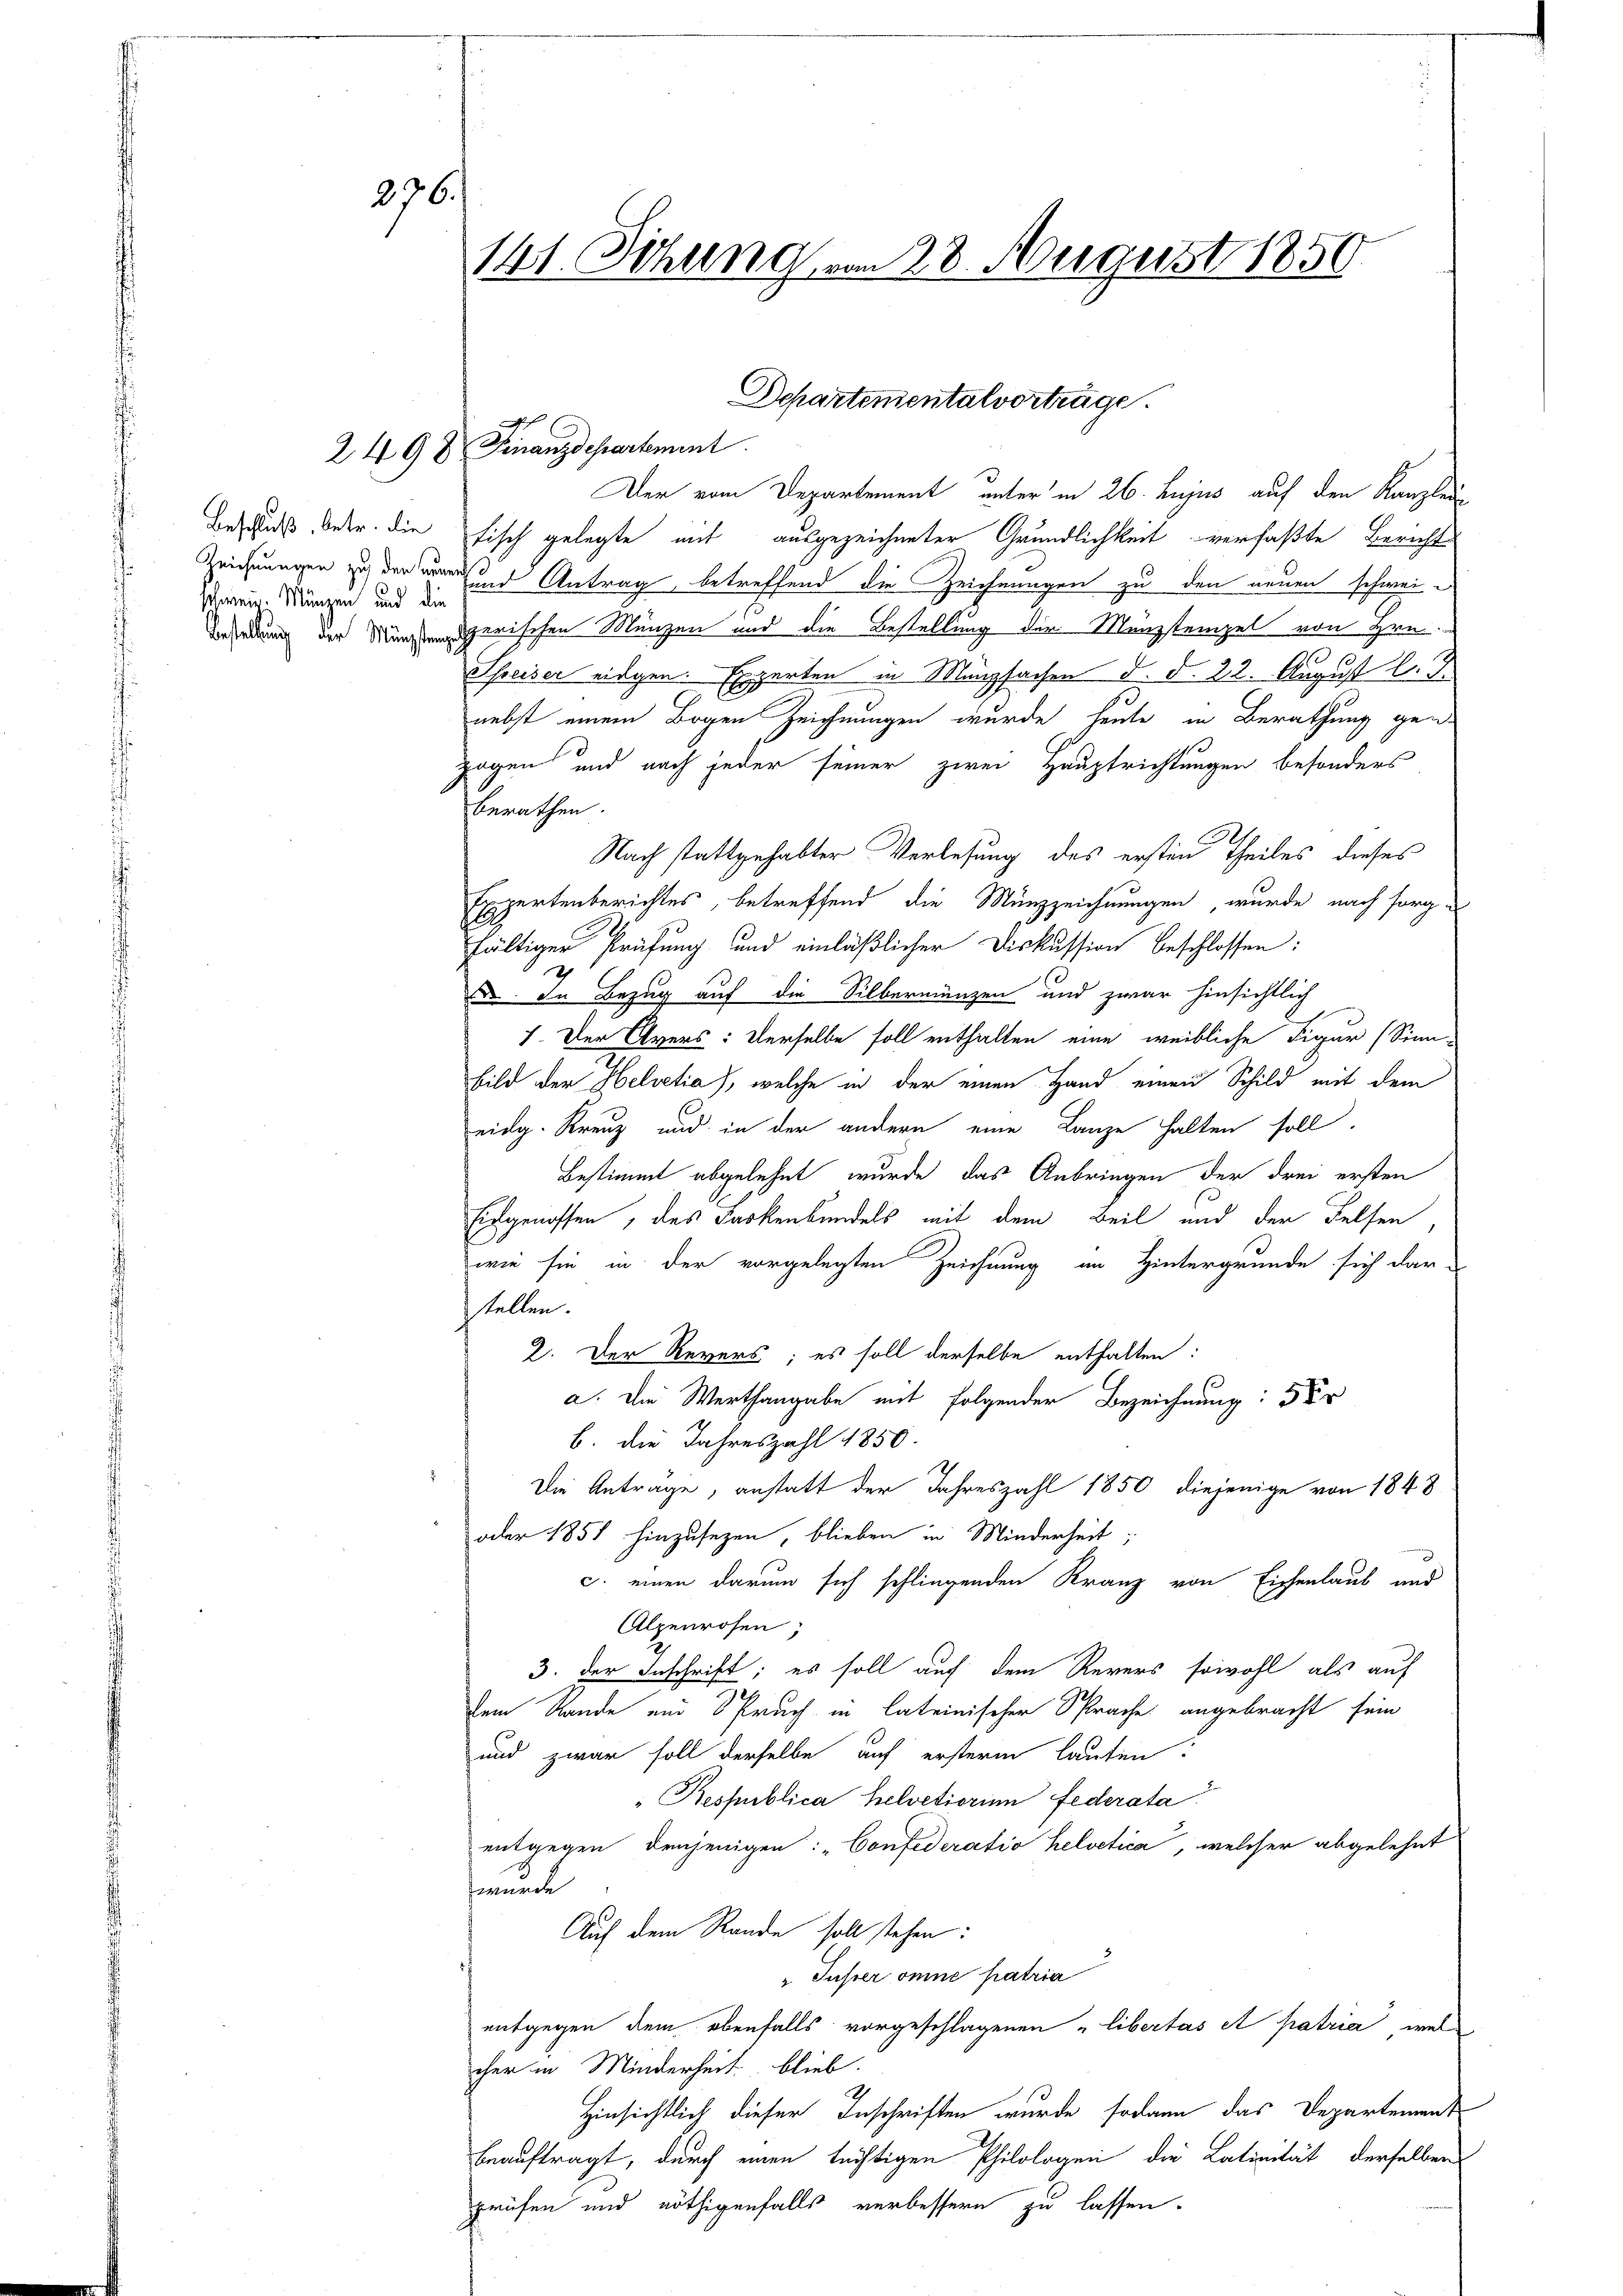
schwein. Münzen und die

141. Ochung vom 28. August 1850

226.

249 8 Finanzdepartement

Der vom Departement unter in 26. hujus auf den Kanzlei
Beschuß oder die Fisch gelegte mit ausgezeichneter Grundlichkeit verfaßte Bericht
Zeichnungen zu der an und Antrag betreffend die Zeichnungen zu den neuen schwei¬
Berdung der Minderischen Münzen und die Bestellung der Manzstempel von Hrn.
Schreiser eingen. Experten in Münzsachen d. d. 22. August l. J.
nebst einem Bogen Zeichnungen wurde heute in Berathung genzogen und nach jeder seiner zwei Hauptrichtungen besonders
berathen.
Nach stattgehabter Verlesung des ersten Theiles dieses
Expertenberichtes, betreffend die Münzzeichnungen, wurde nach sorgfältiger Prüfung und einläßlicher Diskussion beschlossen:
. In Bezug auf die Silbermünzen und zwar hinsichtlich
1. Der Avers: Derselbe soll enthalten eine weibliche Figur Sinn
bild der Helvetia, welche in der einen Hand einen Schild mit dem
eidg. Kreuz und in der andern eine Lanze halten soll,
Bestimmt abgelehnt, wurde, das Anbringen der drei ersten
Eidgenossen, des Fackenbundels mit dem Beil und der Felsen,
wie sie in der vorgelegten Zeichnung an Hintergrunde sich darstellen.
2. Der Revers; es soll derselbe enthalten:
a. Die Werthangabe mit folgender Bezeichnung: 5
b. die Jahreszahl 1850.
Die Anträge, anstatt der Jahreszahl 1850 diejenige von 1848
oder 1851 hinzusezen, blieben in Minderheit;
c. einen darum sich schliegenden Kranz von Eichenlaub und
Alpenrosen,
3. Der Inschrift; es soll auf dem Revers sowohl als auf
dem Rande und Spruch in lateinischer Sprache angebracht sein
und zwar soll derselbe auf ersterm lauten?
Respublica helvetiorum Federata
entgegen denjenigen: „Confederatio helvetica, welcher abgelehnt
wurde
Auf dem Rande soll stehen:
"Juser omne patria
entgegen dem ebenfalls vorgeschlagenen „Libertas et patria, welcher in Minderheit blieb.
Hinsichtlich dieser Inschriften wurde sodann das Departement
beauftragt, durch einen tüchtigen Philologen die Latinität derselben
prüfen und nöthigenfalls verbessern zu lassen.

Departementalvortrage.